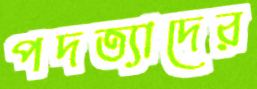
পদত্যাদের